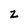
Character: Z